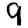
Digit: 9